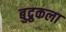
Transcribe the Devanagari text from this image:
बुद्रुकला